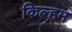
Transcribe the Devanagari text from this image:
किल्हम